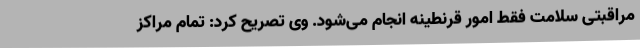
مراقبتی سلامت فقط امور قرنطینه انجام می‌شود. وی تصریح کرد: تمام مراکز